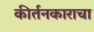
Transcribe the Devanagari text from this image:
कीर्तनकाराचा